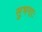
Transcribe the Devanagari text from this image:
सुभगाः